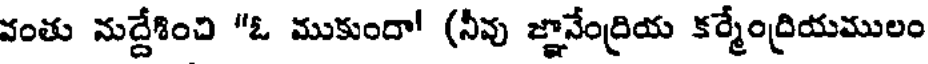
వంతు నుద్దేశించి "ఓ ముకుందా! (నీవు జ్ఞానేంద్రియ కర్మేంద్రియములం